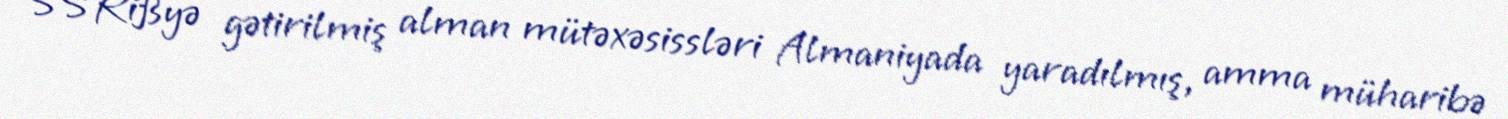
SSRißyə gətirilmiş alman mütəxəsissləri Almaniyada yaradılmış, amma müharibə